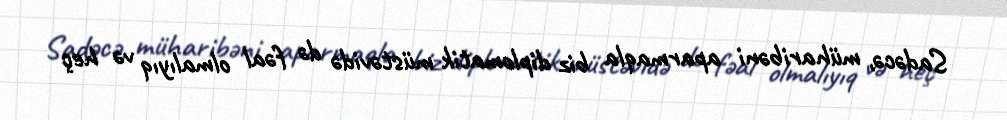
Sadəcə, müharibəni aparmaqla biz diplomatik müstəvidə də fəal olmalıyıq və heç